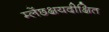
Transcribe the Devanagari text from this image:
म्लेंछक्षयदीक्षित